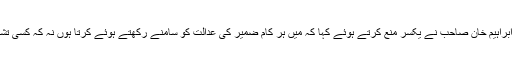
جس پر خالد ابراہیم خان صاحب نے یکسر منع کرتے ہوئے کہا کہ میں ہر کام ضمیر کی عدالت کو سامنے رکھتے ہوئے کرتا ہوں نہ کہ کسی تشہیر کے لئے۔